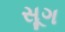
સૂગ